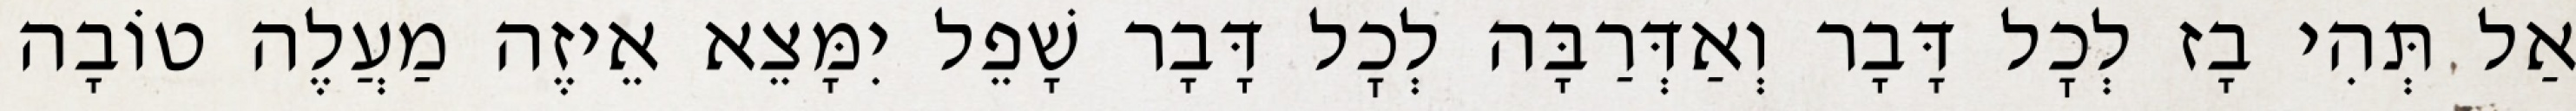
אַל תְּהִי בָז לְכׇל דָּבָר וְאַדְּרַבָּה לְכׇל דָּבָר שָׁפֵל יִמָּצֵא אֵיזֶה מַעֲלֶה טוֹבָה